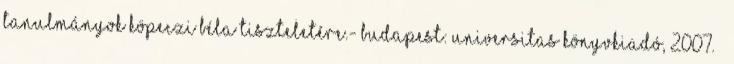
Tanulmányok Köpeczi Béla tiszteletére.- Budapest: Universitas Könyvkiadó, 2007. –